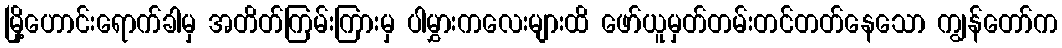
မြို့ဟောင်းရောက်ခါမှ အတိတ်ကြမ်းကြားမှ ပါမွှားကလေးများထိ ဖော်ယူမှတ်တမ်းတင်တတ်နေသော ကျွန်တော်က